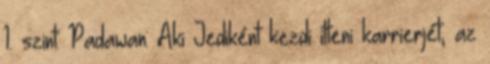
1. szint: Padawan: Aki Jediként kezdi itteni karrierjét, az